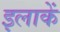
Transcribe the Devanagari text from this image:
इलाकें